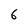
Character: 6